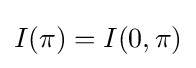
I(\pi )=I(0,\pi )